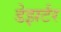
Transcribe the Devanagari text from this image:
डेझर्टर